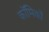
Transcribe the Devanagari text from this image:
काॅमिकों